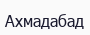
Ахмадабад